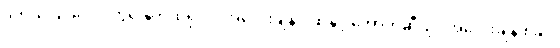
ဒုတိယဒြပ်ပေါင်းတွင် နိုက်ထရိုဂျင် အလေးချိန် ၇ဆနှင့် အောက်ဆီဂျင် အလေးချိန် ၈ဆ။